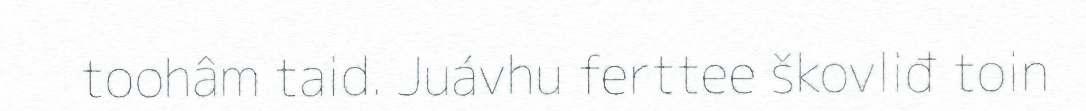
toohâm taid. Juávhu ferttee škovliđ toin